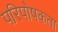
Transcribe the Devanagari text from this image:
परिपोषकता